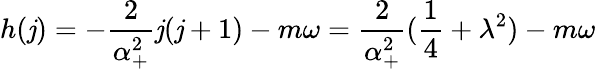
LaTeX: h(\mathit{j})=-\frac{2}{{\alpha_{+}^{2}}}\mathit{j}(\mathit{j}+1)-m\omega=\frac{2}{{\alpha_{+}^{2}}}(\frac{1}{4}+\lambda^{2})-m\omega